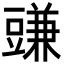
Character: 豏